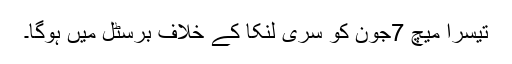
تیسرا میچ 7جون کو سری لنکا کے خلاف برسٹل میں ہوگا۔